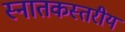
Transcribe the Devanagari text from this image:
स्नातकस्तरीय